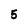
Character: 5